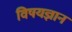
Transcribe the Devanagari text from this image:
विषयज्ञान